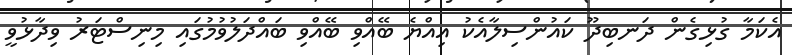
އެކަމާ ގުޅިގެން ދަނބިދޫ ކައުންސިލާއެކު އިއްޔެ ބޭއްވި ބޭއްވި ބައްދަލުވުމުގައި މިނިސްޓަރު ވިދާޅުވީ